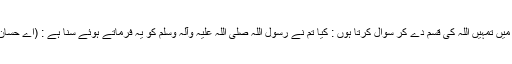
) میں تمہیں اللہ کی قسم دے کر سوال کرتا ہوں : کیا تم نے رسول اللہ صلی اللہ علیہ وآلہ وسلم کو یہ فرماتے ہوئے سنا ہے : (اے حسان!